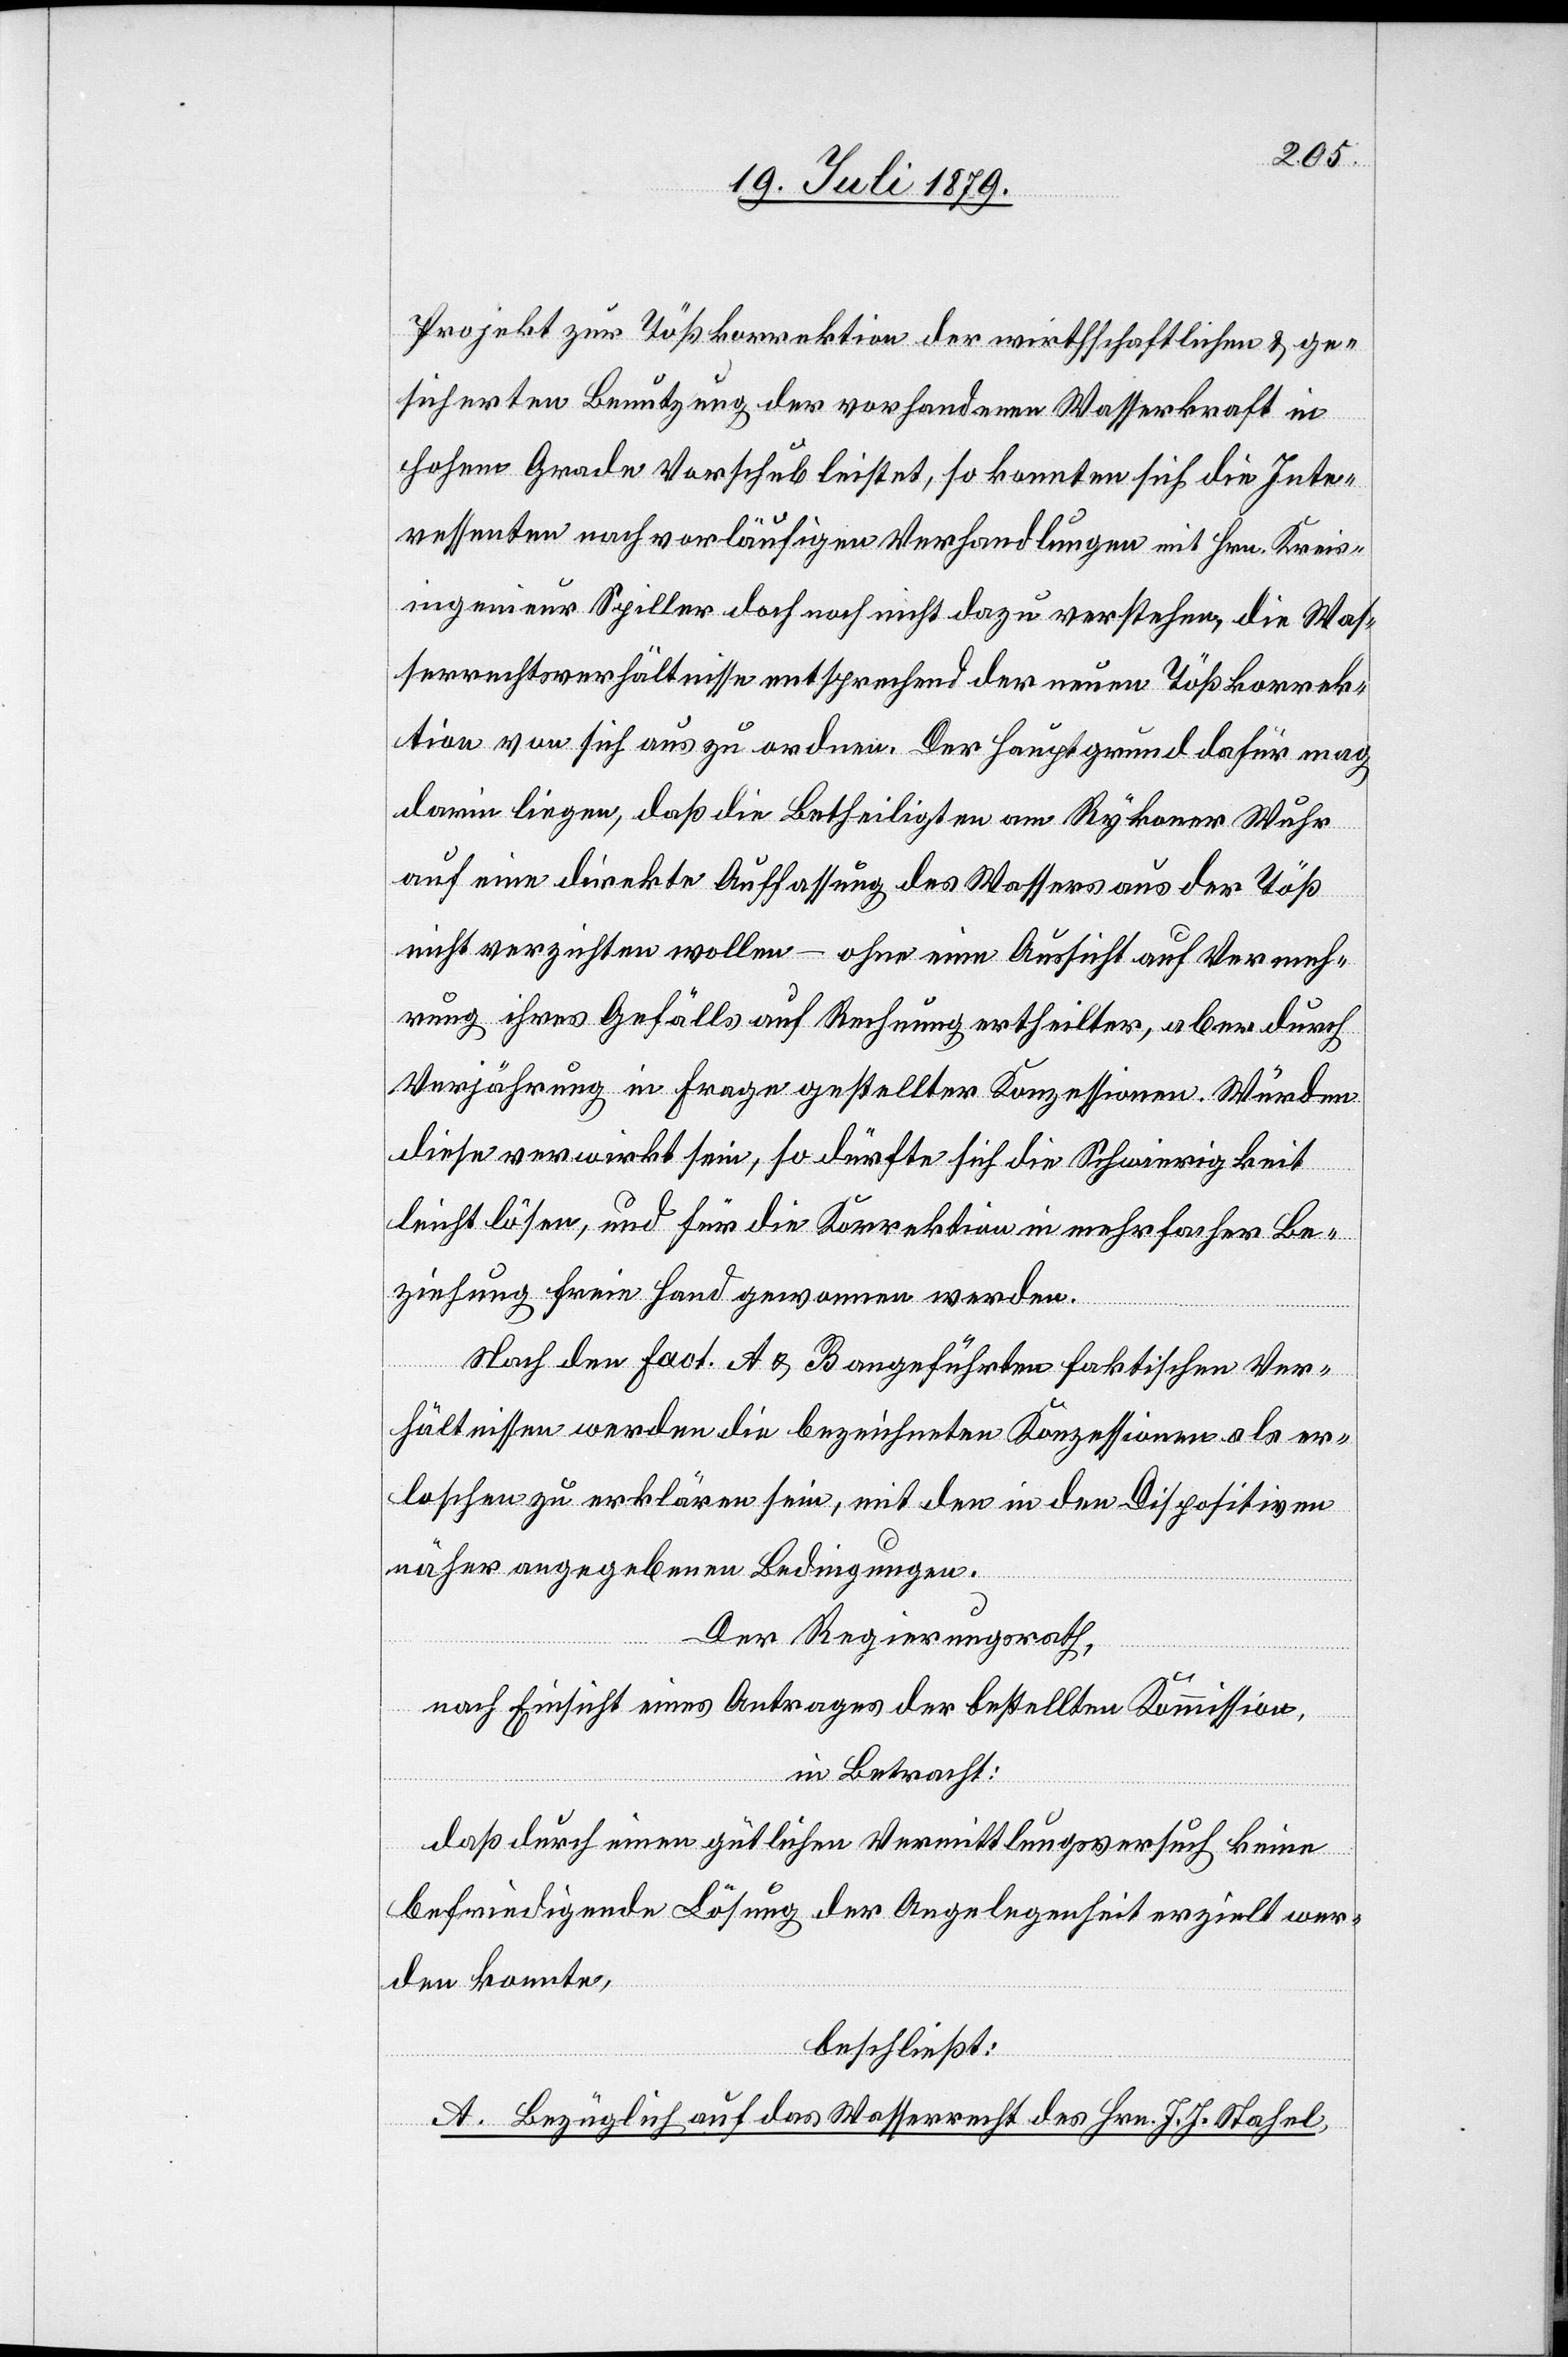
Projekt zur Tößkorrektion der wirthschaftlichen & ge¬
sicherten Benutzung der vorhandenen Wasserkraft in
hohem Grade Vorschub leistet, so konnten sich die Inte¬
ressenten nach vorläufigen Verhandlungen mit Hrn. Kreis¬
ingenieur Spiller doch noch nicht dazu verstehen, die Was¬
serrechtsverhältnisse entsprechend der neuen Tößkorrek¬
tion von sich aus zu ordnen. Der Hauptgrund dafür mag
darin liegen, daß die Betheiligten am Rykoner Wuhr
auf eine direkte Auffassung des Wassers aus der Töß
nicht verzichten wollen – ohne eine Aussicht auf Vermeh¬
rung ihres Gefälls auf Rechnung ertheilter, aber durch
Verjährung in Frage gestellten Konzessionen. Würden
diese verwirkt sein, so dürfte sich die Schwierigkeit
leicht lösen, und für die Korrektion in mehrfacher Be¬
ziehung freie Hand gewonnen werden.
Nach den fact. A & B angeführten faktischen Ver¬
hältnissen werden die bezeichneten Konzessionen als er¬
loschen zu erklären sein, mit den in den Dispositiven
näher angegebenen Bedingungen.
Der Regierungsrath,
nach Einsicht eines Antrages der bestellten Kommission,
in Betracht:
daß durch einen gütlichen Vermittlungsversuch keine
befriedigende Lösung der Angelegenheit erzielt wer¬
den konnte,
beschließt:
A. Bezüglich auf das Wasserrecht des Hrn. J. J. Stahel,